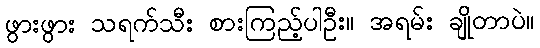
ဖွားဖွား သရက်သီး စားကြည့်ပါဦး။ အရမ်း ချိုတာပဲ။